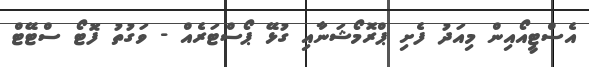
އެސްޓީއޯއިން މިއަދު ފެށި ޕްރޮމޯޝަނާއި ގުޅޭ ޕޯސްޓަރެއް - ވަގުތު ފޮޓޯ ސްޓޭޓް